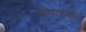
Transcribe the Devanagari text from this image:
देणाऱ्याा